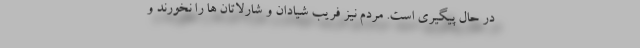
در حال پیگیری است. مردم نیز فریب شیادان و شارلاتان ها را نخورند و